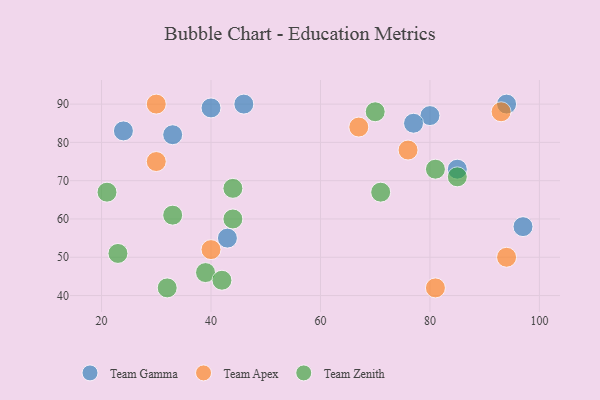
{"axis": {"x": "GDP", "y": "Life Expectancy"}, "legend": ["Team Apex", "Team Gamma", "Team Zenith"], "data": [{"x": "97", "y": 58, "type": "Team Gamma"}, {"x": "24", "y": 83, "type": "Team Gamma"}, {"x": "80", "y": 87, "type": "Team Gamma"}, {"x": "46", "y": 90, "type": "Team Gamma"}, {"x": "43", "y": 55, "type": "Team Gamma"}, {"x": "40", "y": 89, "type": "Team Gamma"}, {"x": "33", "y": 82, "type": "Team Gamma"}, {"x": "77", "y": 85, "type": "Team Gamma"}, {"x": "94", "y": 90, "type": "Team Gamma"}, {"x": "85", "y": 73, "type": "Team Gamma"}, {"x": "93", "y": 88, "type": "Team Apex"}, {"x": "76", "y": 78, "type": "Team Apex"}, {"x": "67", "y": 84, "type": "Team Apex"}, {"x": "81", "y": 42, "type": "Team Apex"}, {"x": "40", "y": 52, "type": "Team Apex"}, {"x": "30", "y": 90, "type": "Team Apex"}, {"x": "30", "y": 75, "type": "Team Apex"}, {"x": "94", "y": 50, "type": "Team Apex"}, {"x": "44", "y": 68, "type": "Team Zenith"}, {"x": "39", "y": 46, "type": "Team Zenith"}, {"x": "23", "y": 51, "type": "Team Zenith"}, {"x": "42", "y": 44, "type": "Team Zenith"}, {"x": "70", "y": 88, "type": "Team Zenith"}, {"x": "44", "y": 60, "type": "Team Zenith"}, {"x": "32", "y": 42, "type": "Team Zenith"}, {"x": "33", "y": 61, "type": "Team Zenith"}, {"x": "21", "y": 67, "type": "Team Zenith"}, {"x": "71", "y": 67, "type": "Team Zenith"}, {"x": "85", "y": 71, "type": "Team Zenith"}, {"x": "81", "y": 73, "type": "Team Zenith"}]}